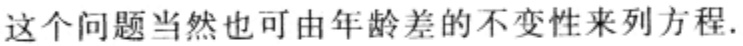
这个问题当然也可由年龄差的不变性来列方程.